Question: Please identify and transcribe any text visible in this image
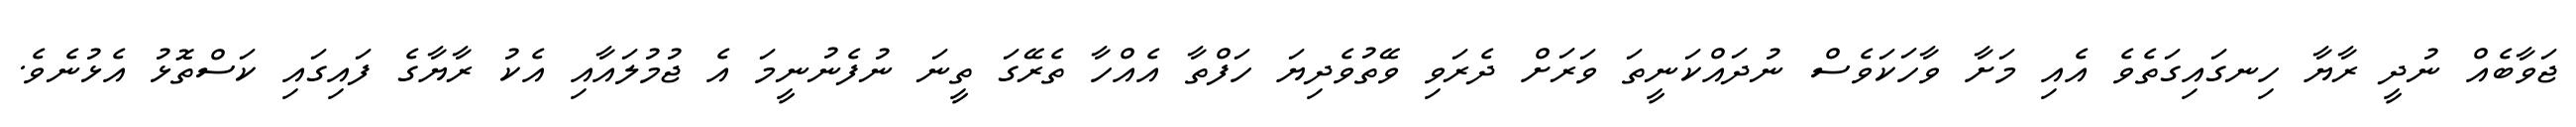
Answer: ޖަވާބެއް ނުދީ ރާޔާ ހިނގައިގަތެވެ އެއި މަށާ ވާހަކަވެސް ނުދައްކަނީތަ ވަރަށް ދެރަވި ވޭތުވެދިޔަ ހަފްތާ އެއްހާ ތެރޭގަ ތީނަ ނުފެނުނީމަ އެ ޖުމުލައާއި އެކު ރާޔާގެ ފައިގައި ކަސްތޮޅު އެޅުނެވެ.